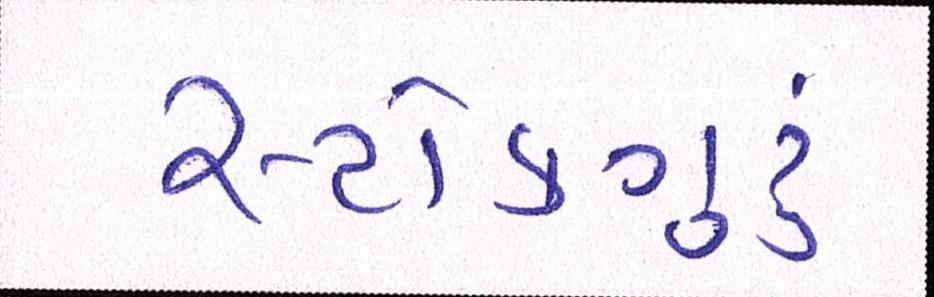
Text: સ્ટોકગુરૃ